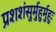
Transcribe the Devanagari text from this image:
प्रशशंसुर्मुहुर्मुहुः